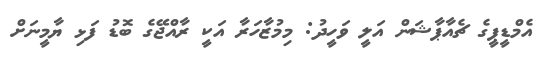
އެމްޑީޕީގެ ޗެއާޕާޝަން އަލީ ވަހީދު: މިމުޒާހަރާ އަކީ ރާއްޖޭގެ ބޮޑު ފަޅި ޔާމީނަށް